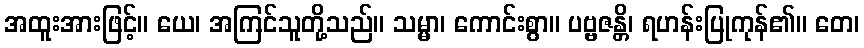
အထူးအားဖြင့်။ ယေ၊ အကြင်သူတို့သည်။ သမ္မာ၊ ကောင်းစွာ။ ပဗ္ဗဇန္တိ၊ ရဟန်းပြုကုန်၏။ တေ၊